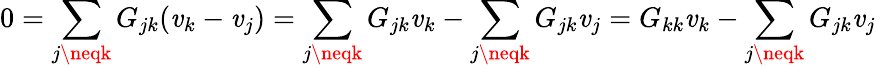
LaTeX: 0=\sum_{j\neqk}G_{jk}(\mathit{v}_{k}-\mathit{v}_{j})=\sum_{j\neqk}G_{jk}\mathit{v}_{k}-\sum_{j\neqk}G_{jk}\mathit{v}_{j}=G_{kk}\mathit{v}_{k}-\sum_{j\neqk}G_{jk}\mathit{v}_{j}